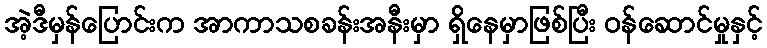
အဲ့ဒီမှန်ပြောင်းက အာကာသစခန်းအနီးမှာ ရှိနေမှာဖြစ်ပြီး ဝန်ဆောင်မှုနှင့်